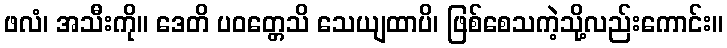
ဖလံ၊ အသီးကို။ ဒေတိ ပဝတ္တေသိ သေယျထာပိ၊ ဖြစ်စေသကဲ့သို့လည်းကောင်း။